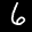
Label: 6